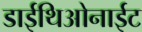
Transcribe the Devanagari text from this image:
डाईथिओनाईट